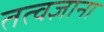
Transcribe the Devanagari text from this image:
तत्वज्ञाना